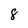
Character: 8